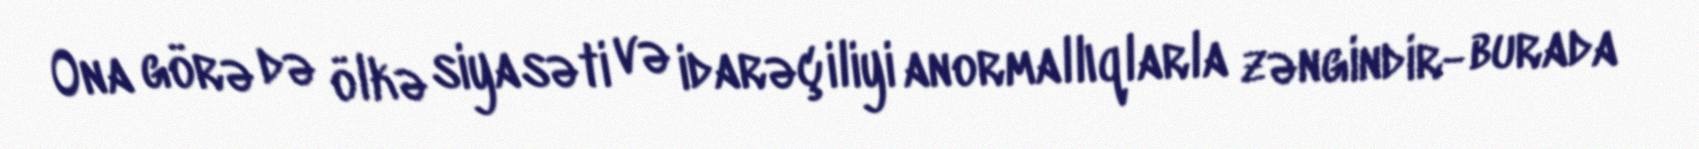
Ona görə də ölkə siyasəti və idarəçiliyi anormallıqlarla zəngindir- burada